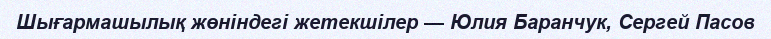
Шығармашылық жөніндегі жетекшілер — Юлия Баранчук, Сергей Пасов